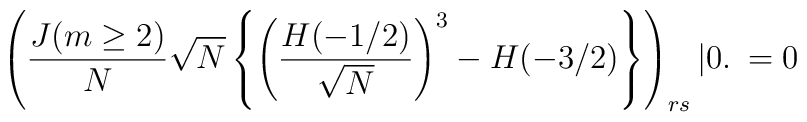
\left( \frac {J(m\ge 2)}{N} \sqrt{N} \left\{ \left( \frac {H(-1/2)}{\sqrt{N}} \right)^3 -H(-3/2)\right\}\right)_{rs} |0.\> = 0